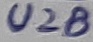
Text: U2B